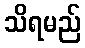
သိရမည်